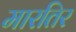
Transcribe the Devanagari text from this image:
मारतिर